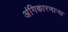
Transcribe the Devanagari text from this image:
अंगिकारणाऱ्या